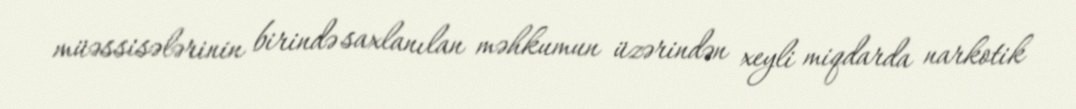
müəssisələrinin birində saxlanılan məhkumun üzərindən xeyli miqdarda narkotik